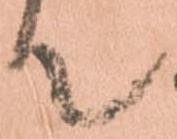
て